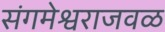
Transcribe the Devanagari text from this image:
संगमेश्वराजवळ